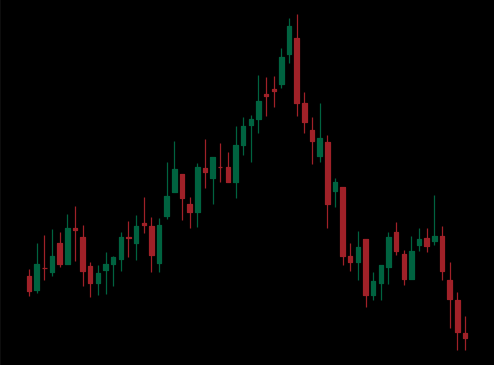
Pattern: head_shoulders